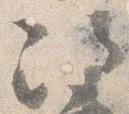
次